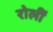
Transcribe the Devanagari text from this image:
रोलीं